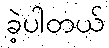
ခဲ့ပါတယ်